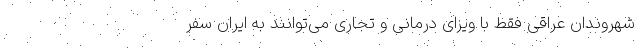
شهروندان عراقی فقط با ویزای درمانی و تجاری می‌توانند به ایران سفر